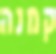
קמנה